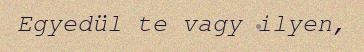
Egyedül te vagy ilyen,